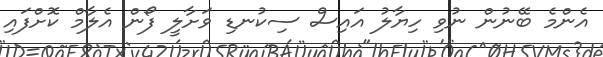
އެންމެ ބޭނުން ނުވި ހިޔާލު އައިސް ސިކުނޑި ވަށާލީ ފޯން އެލާމް ކޮށްފައި